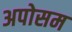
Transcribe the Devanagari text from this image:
अपोसम